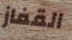
القفاز